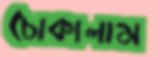
চোকালাম